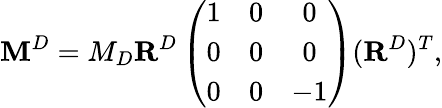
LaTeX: \mathbf{M}^{D}=M_{D}\mathbf{R}^{D}\left(\begin{array}{ccc}{1}&{0}&{0}\\ {0}&{0}&{0}\\ {0}&{0}&{-1}\end{array}\right)(\mathbf{R}^{D})^{T},